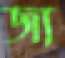
জ্য